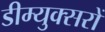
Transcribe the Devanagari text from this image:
डीम्युक्सरों